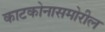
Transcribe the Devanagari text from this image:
काटकोनासमोरील